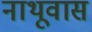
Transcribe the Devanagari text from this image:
नाथूवास